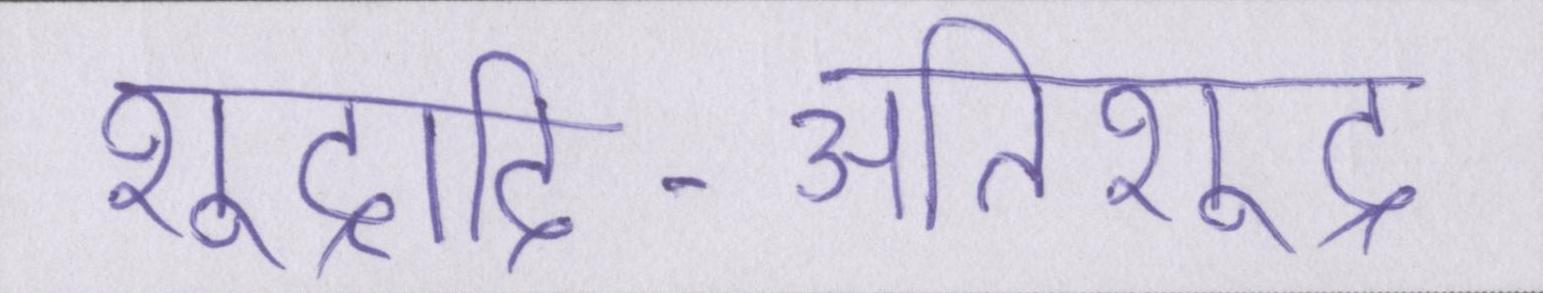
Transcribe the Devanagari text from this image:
शूद्रादि-अतिशूद्र